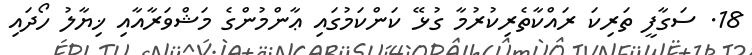
18. ސަގާފީ ތަރިކަ ރައްކާތެރިކުރުމާ ގުޅޭ ކަންކަމުގައި ޢާންމުންގެ މަޝްވަރާއާއި ޚިޔާލު ހޯދައި